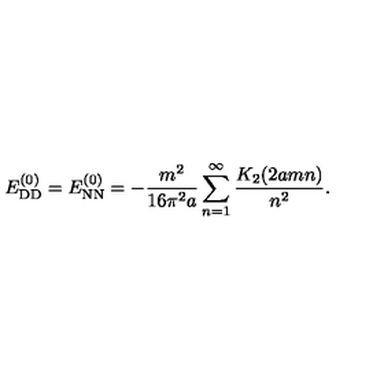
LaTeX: E _ { \mathrm { D D } } ^ { ( 0 ) } = E _ { \mathrm { N N } } ^ { ( 0 ) } = - \frac { m ^ { 2 } } { 1 6 \pi ^ { 2 } a } \sum _ { n = 1 } ^ { \infty } \frac { K _ { 2 } ( 2 a m n ) } { n ^ { 2 } } .